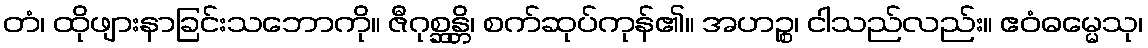
တံ၊ ထိုဖျားနာခြင်းသဘောကို။ ဇီဂုစ္ဆန္တိ၊ စက်ဆုပ်ကုန်၏။ အဟဉ္စ၊ ငါသည်လည်း။ ဧဝံဓမ္မေသု၊